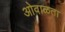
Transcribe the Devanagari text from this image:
ओवाळता